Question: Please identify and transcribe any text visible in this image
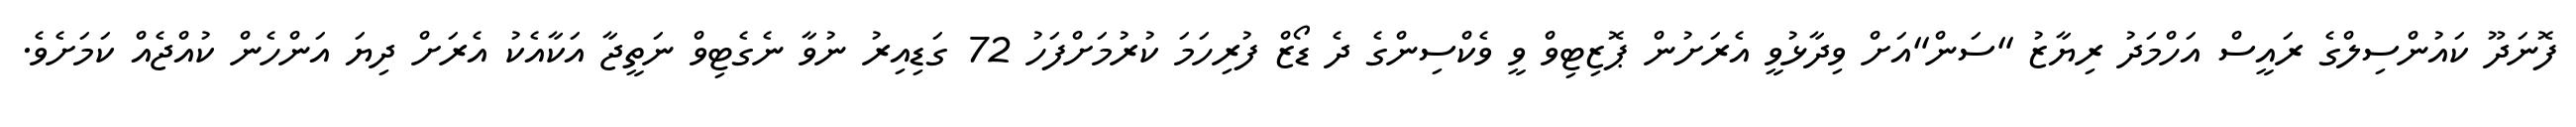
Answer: ފޮނަދޫ ކައުންސިލްގެ ރައީސް އަހްމަދު ރިޔާޒު "ސަން"އަށް ވިދާޅުވީ އެރަށުން ޕޮޒިޓިވް ވީ ވެކްސިންގެ ދެ ޑޯޒް ފުރިހަމަ ކުރުމަށްފަހު 72 ގަޑިއިރު ނުވާ ނެގެޓިވް ނަތީޖާ އަކާއެކު އެރަށް ދިޔަ އަންހެން ކުއްޖެއް ކަމަށެވެ.